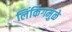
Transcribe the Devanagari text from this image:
लिंकिंगमुळे